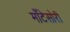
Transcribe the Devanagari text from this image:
माँटेसोरी